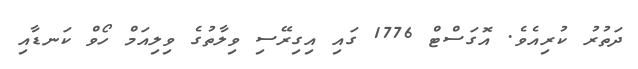
ދަތުރު ކުރިއެވެ. އޮގަސްޓް 1776 ގައި އިގިރޭސި ވިލާތުގެ ވިލިއަމް ހޯވް ކަނޑާއި